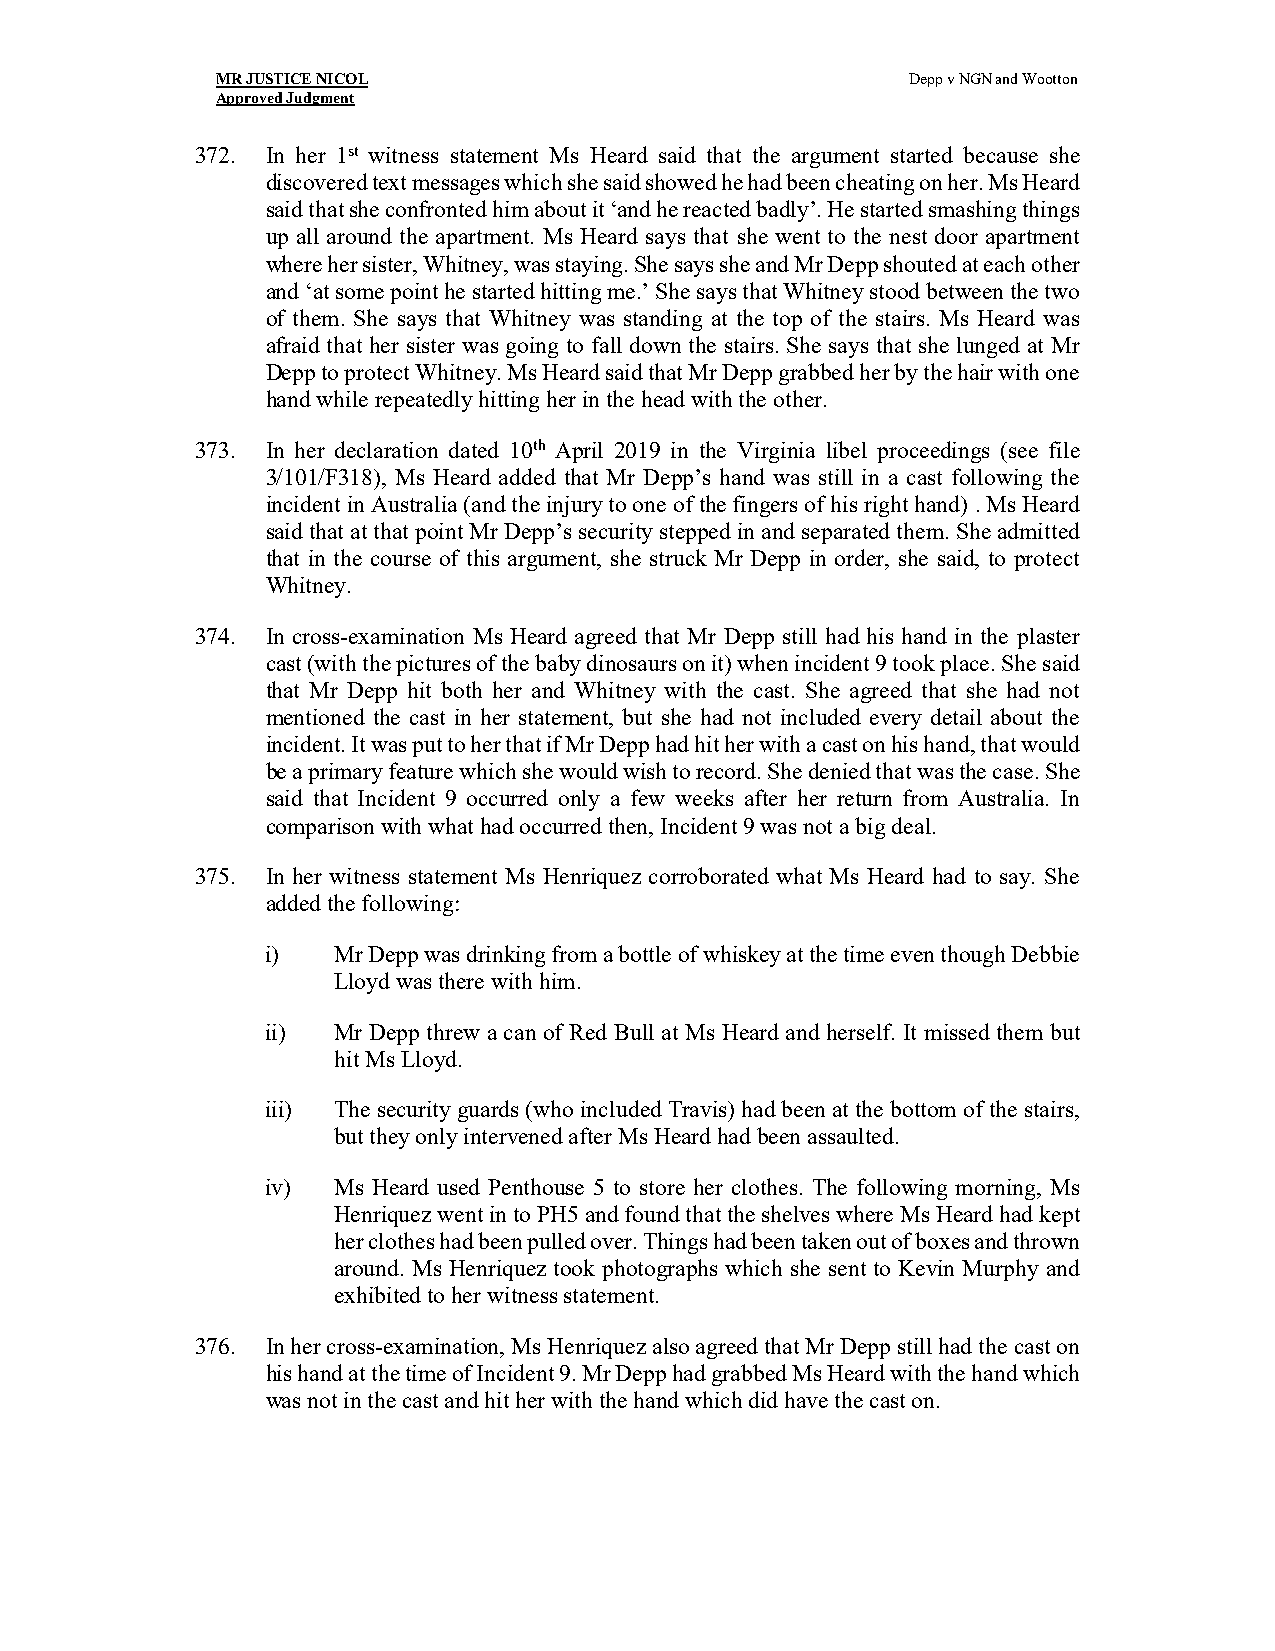
MR JUSTICE NICOL                              Depp v NGN and Wootton
 Approved Judgment
 372. In her 1st witness statement Ms Heard said that the argument started because she
 discovered text messages which she said showed he had been cheating on her. Ms Heard
 said that she confronted him about it ‘and he reacted badly’. He started smashing things
 up all around the apartment. Ms Heard says that she went to the nest door apartment
 where her sister, Whitney, was staying. She says she and Mr Depp shouted at each other
 and ‘at some point he started hitting me.’ She says that Whitney stood between the two
 of them. She says that Whitney was standing at the top of the stairs. Ms Heard was
 afraid that her sister was going to fall down the stairs. She says that she lunged at Mr
 Depp to protect Whitney. Ms Heard said that Mr Depp grabbed her by the hair with one
 hand while repeatedly hitting her in the head with the other.
 373. In her declaration dated 10th April 2019 in the Virginia libel proceedings (see file
 3/101/F318), Ms Heard added that Mr Depp’s hand was still in a cast following the
 incident in Australia (and the injury to one of the fingers of his right hand) . Ms Heard
 said that at that point Mr Depp’s security stepped in and separated them. She admitted
 that in the course of this argument, she struck Mr Depp in order, she said, to protect
 Whitney.
 374. In cross-examination Ms Heard agreed that Mr Depp still had his hand in the plaster
 cast (with the pictures of the baby dinosaurs on it) when incident 9 took place. She said
 that Mr Depp hit both her and Whitney with the cast. She agreed that she had not
 mentioned the cast in her statement, but she had not included every detail about the
 incident. It was put to her that if Mr Depp had hit her with a cast on his hand, that would
 be a primary feature which she would wish to record. She denied that was the case. She
 said that Incident 9 occurred only a few weeks after her return from Australia. In
 comparison with what had occurred then, Incident 9 was not a big deal.
 375. In her witness statement Ms Henriquez corroborated what Ms Heard had to say. She
 added the following:
 i)  Mr Depp was drinking from a bottle of whiskey at the time even though Debbie
 Lloyd was there with him.
 ii) Mr Depp threw a can of Red Bull at Ms Heard and herself. It missed them but
 hit Ms Lloyd.
 iii) The security guards (who included Travis) had been at the bottom of the stairs,
 but they only intervened after Ms Heard had been assaulted.
 iv) Ms Heard used Penthouse 5 to store her clothes. The following morning, Ms
 Henriquez went in to PH5 and found that the shelves where Ms Heard had kept
 her clothes had been pulled over. Things had been taken out of boxes and thrown
 around. Ms Henriquez took photographs which she sent to Kevin Murphy and
 exhibited to her witness statement.
 376. In her cross-examination, Ms Henriquez also agreed that Mr Depp still had the cast on
 his hand at the time of Incident 9. Mr Depp had grabbed Ms Heard with the hand which
 was not in the cast and hit her with the hand which did have the cast on.